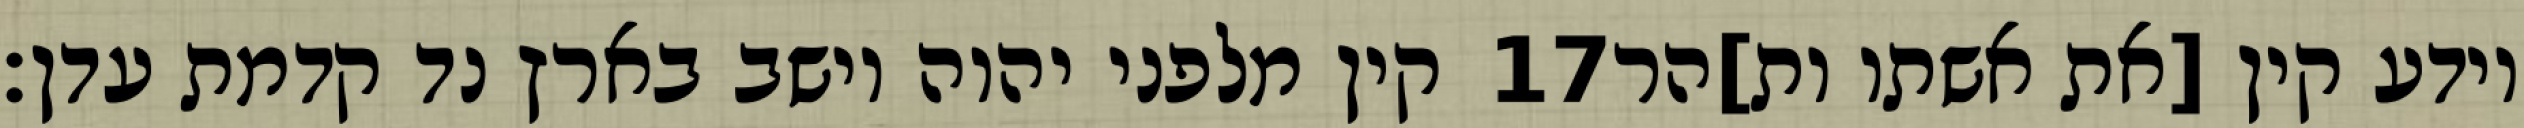
קין מלפני יהוה וישב בארץ נד קדמת עדן׃ ‎17‏ וידע קין [את אשתו ות]הר